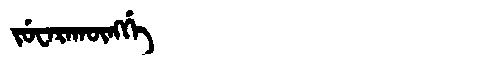
Manchu: ᠵᡠᠸᠠᡵᠠᡴᡡᠩᡤᡝ
Romanization: JUWARAKŪNGGE